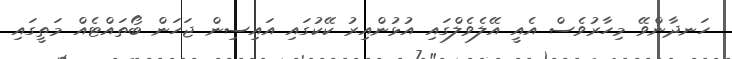
ހަނދާންވޭ މިހާރުވެސް އެއީ އޭލެވެލްގައި އުޅުންއިރު ކޭކުގައި އައިސިން ޖަހަން ބޯތައްޓެއް މަތީގައި